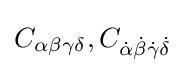
C_{\alpha \beta \gamma \delta },C_{{\dot {\alpha }}{\dot {\beta }}{\dot {\gamma }}{\dot {\delta }}}